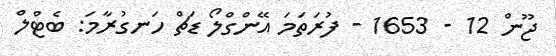
ޖޫން 12 - 1653 - ފުރަތަމަ އޭންގްލޯ ޑަޗް ހަނގުރާމަ: ބެޓްލް